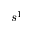
s ^ { 1 }